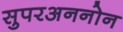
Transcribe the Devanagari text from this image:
सुपरअननोन